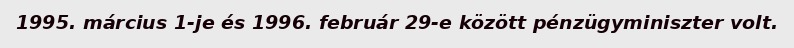
1995. március 1-je és 1996. február 29-e között pénzügyminiszter volt.